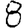
Digit: 8